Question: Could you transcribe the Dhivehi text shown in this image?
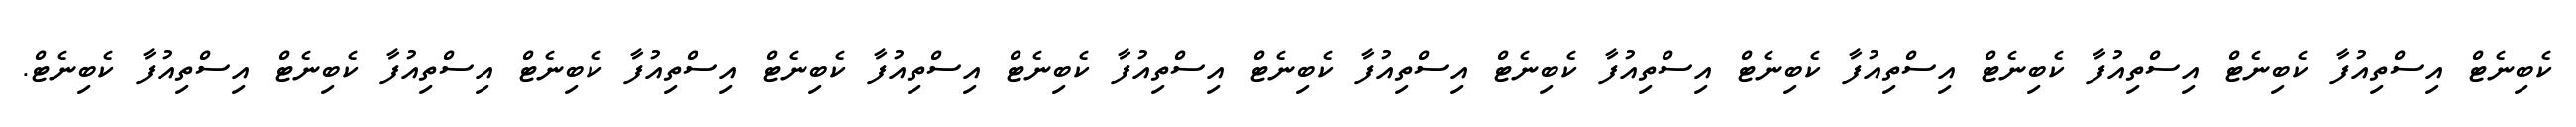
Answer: ކެބިނެޓް އިސްތިއުފާ ކެބިނެޓް އިސްތިއުފާ ކެބިނެޓް އިސްތިއުފާ ކެބިނެޓް އިސްތިއުފާ ކެބިނެޓް އިސްތިއުފާ ކެބިނެޓް އިސްތިއުފާ ކެބިނެޓް އިސްތިއުފާ ކެބިނެޓް އިސްތިއުފާ ކެބިނެޓް އިސްތިއުފާ ކެބިނެޓް އިސްތިއުފާ ކެބިނެޓް.